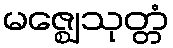
မဇ္ဈေသုတ္တံ